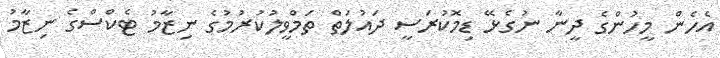
އެހެން މީހުންގެ ދީނާ ނުގެޅޭ ޑިމޮކުރަސީ ދައުލަތް ތަމްވީލުކުރުމުގެ ނިޒާމު ޓެކްސްގެ ނިޒާމު